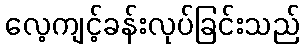
လေ့ကျင့်ခန်းလုပ်ခြင်းသည်